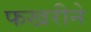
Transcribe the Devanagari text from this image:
फखरीने